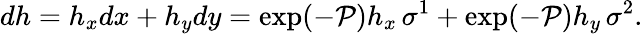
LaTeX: dh=h_{x}dx+h_{y}dy=\exp(-\mathcal{P})h_{x}\, \sigma^{1}+\exp(-\mathcal{P})h_{y}\, \sigma^{2}.